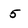
Character: 5